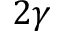
2 \gamma